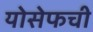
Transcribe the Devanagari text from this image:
योसेफची